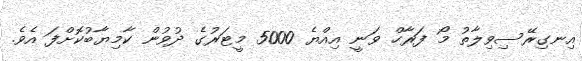
އިނގިރޭސިވިލާތު މޯ ފަރާހް ވަނީ އިއްޔެ 5000 މީޓަރުގެ ދުވުން ކާމިޔާބުކޮށްފަ އެވެ.